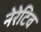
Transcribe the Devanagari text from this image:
नेरेटिव